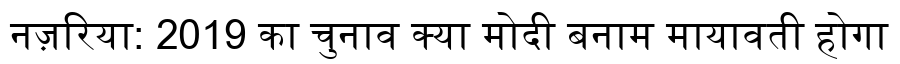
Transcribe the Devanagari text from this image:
नज़रिया: 2019 का चुनाव क्या मोदी बनाम मायावती होगा